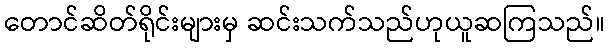
တောင်ဆိတ်ရိုင်းများမှ ဆင်းသက်သည်ဟုယူဆကြသည်။